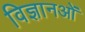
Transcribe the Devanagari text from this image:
विज्ञानओं